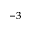
^ { - 3 }